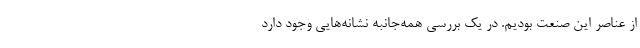
از عناصر این صنعت بودیم. در یک بررسی همه‌جانبه نشانه‌هایی وجود دارد